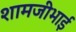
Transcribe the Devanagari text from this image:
शामजीभाई